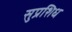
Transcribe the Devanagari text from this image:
सुप्रशिध